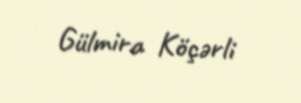
Gülmira Köçərli